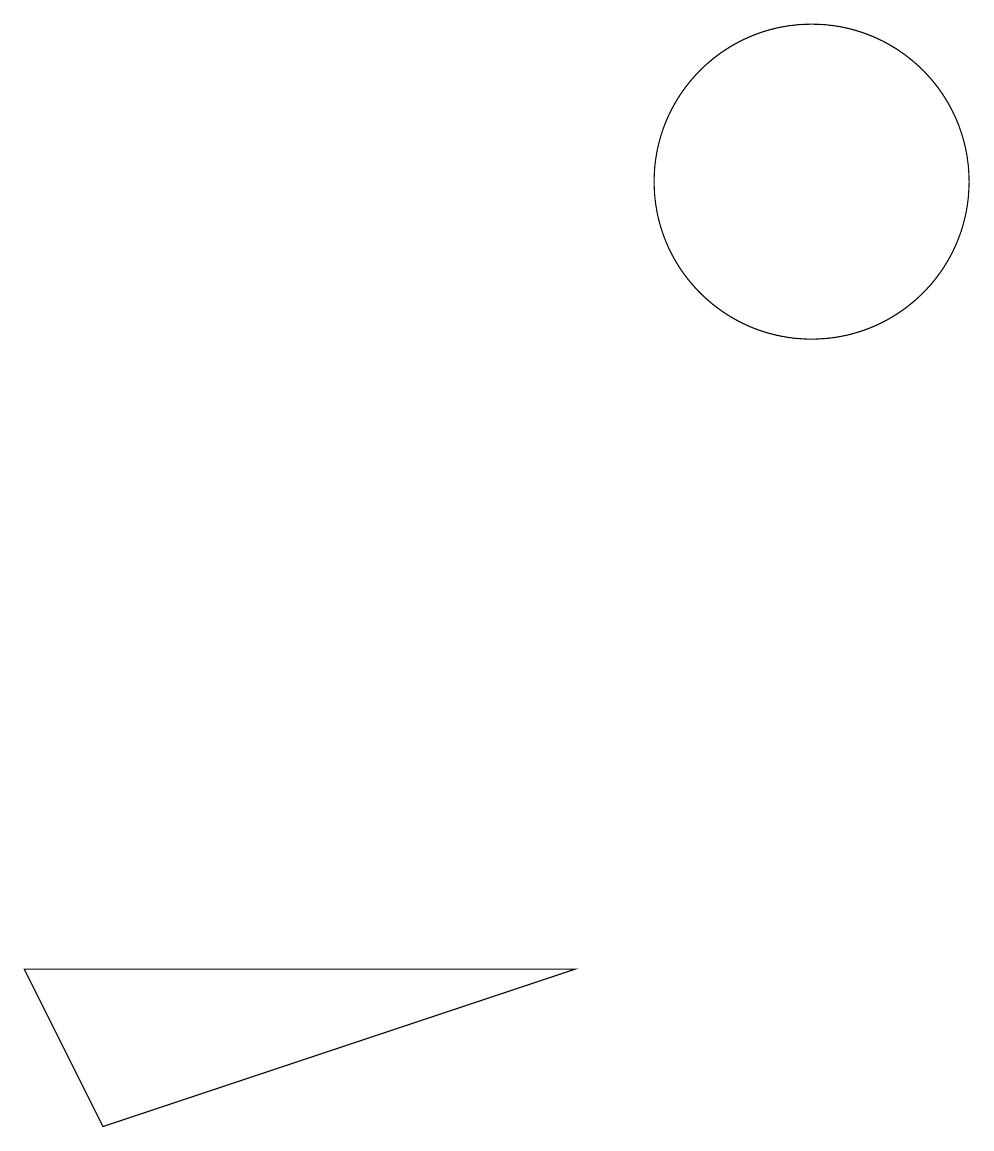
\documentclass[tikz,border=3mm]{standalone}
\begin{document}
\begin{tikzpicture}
\draw (11,10) circle (0);
\draw (1,2) -- (8,2) -- (2,0) -- cycle;
\draw (11,12) circle (2);
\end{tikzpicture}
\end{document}